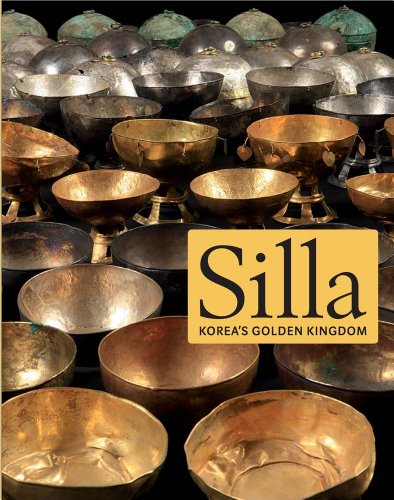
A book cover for Silla: Korea's Golden Kingdom (Metropolitan Museum of Art); Soyoung Lee; History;